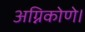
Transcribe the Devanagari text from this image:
अग्निकोणे।